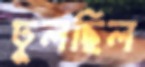
ঢুলছিল